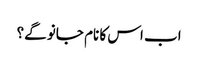
اب اس کا نام جانو گے؟